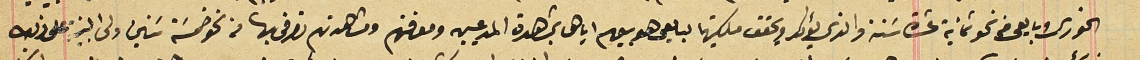
الخورى وبايعى من نحو ثمانية عشرة سَنة والذي يؤكد ويحقق ملكيتها لبايعى هو بيعهم اياها بمشاهدة المدعيين ومعرفتهم ومشاهدتهم تصرفى بها من نحو خمسَة سَنين ولى البينة على ذلك